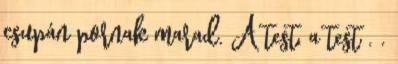
csupán pornak marad. A test, a test . .